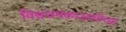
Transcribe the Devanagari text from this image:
विश्वचषकाआधीच्या